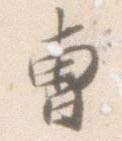
曹